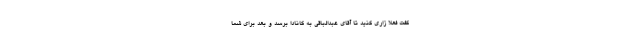
گفت فعلا زاری کنید تا آقای عبدالباقی به کانادا برسد و بعد برای شما